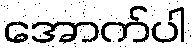
အောက်ပါ